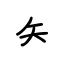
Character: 矢